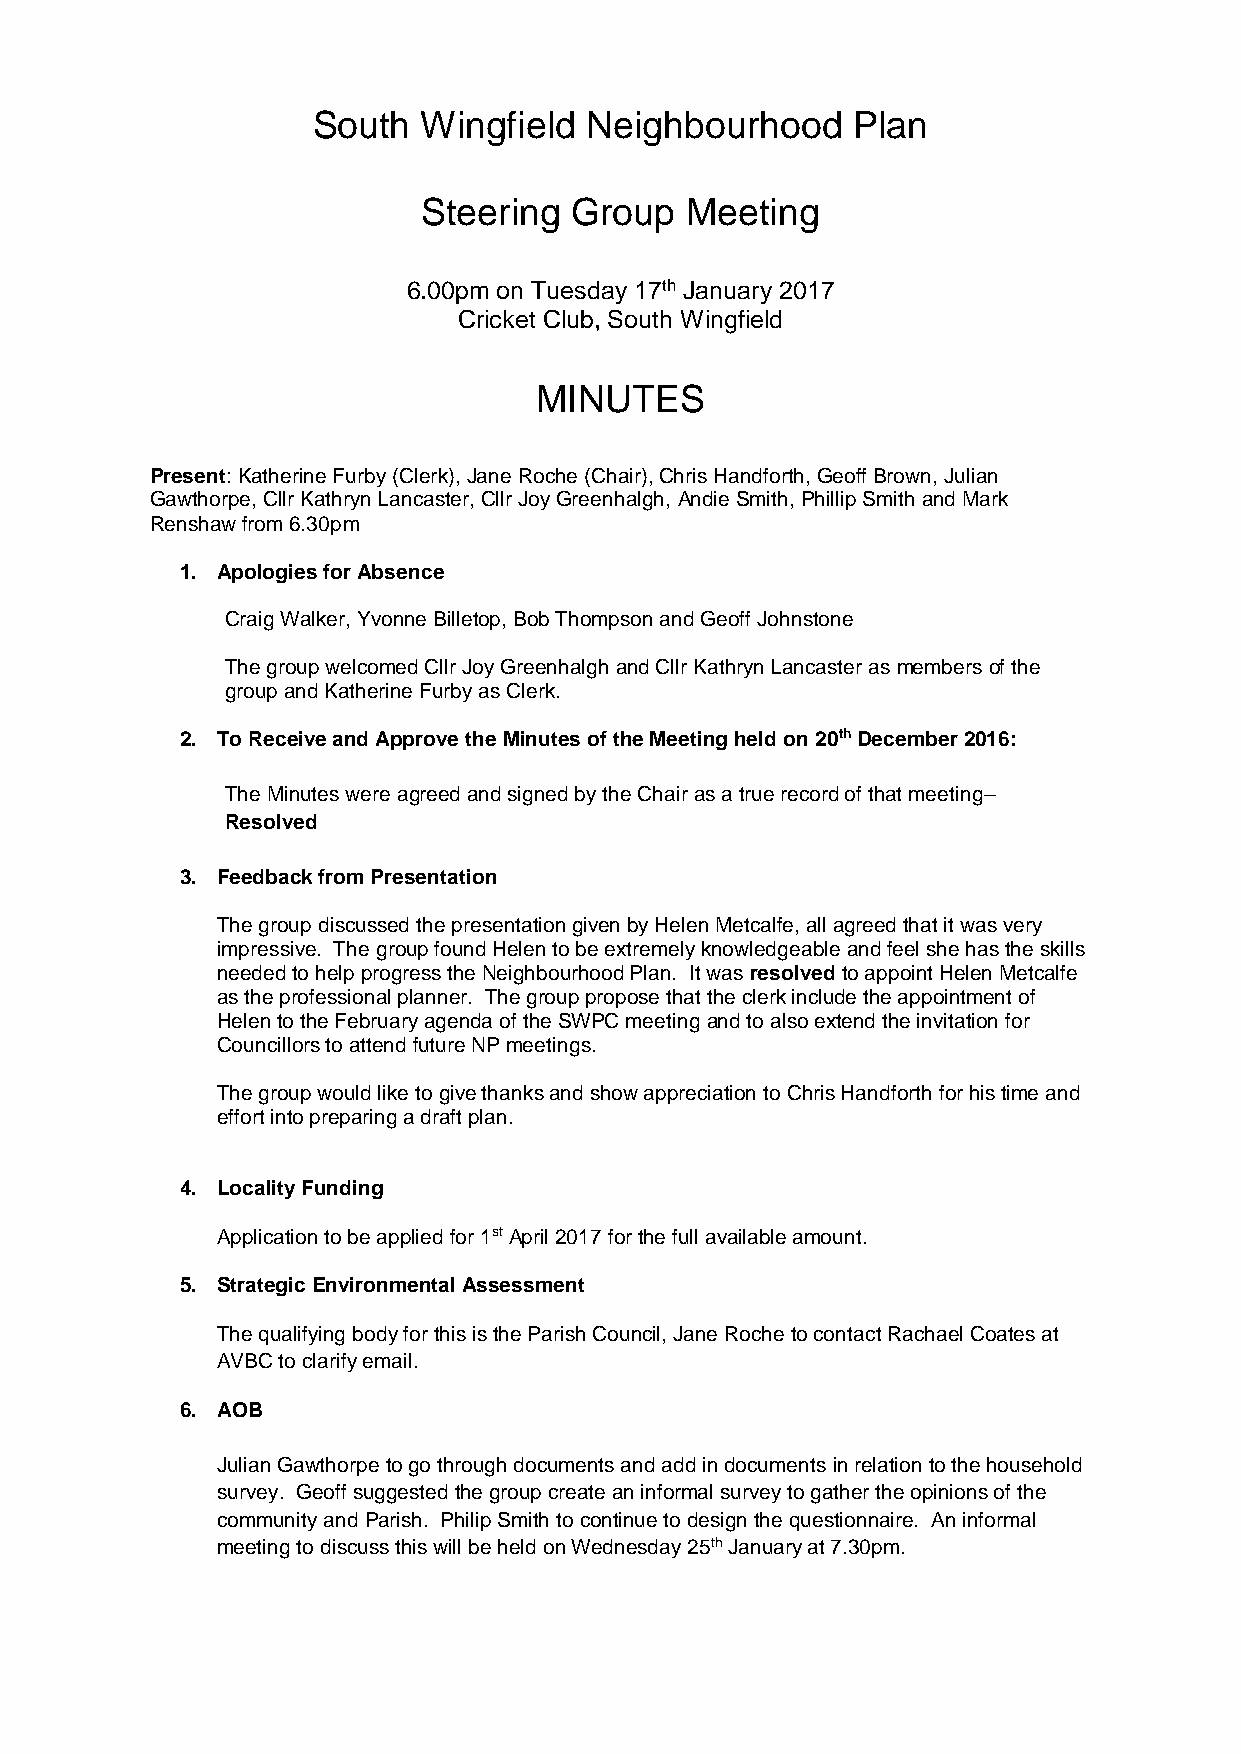
South  Wingfield  Neighbourhood    Plan
 Steering  Group  Meeting
 6.00pm on Tuesday 17th January 2017
 Cricket Club, South Wingfield
 MINUTES
 Present: Katherine Furby (Clerk), Jane Roche (Chair), Chris Handforth, Geoff Brown, Julian
 Gawthorpe, Cllr Kathryn Lancaster, Cllr Joy Greenhalgh, Andie Smith, Phillip Smith and Mark
 Renshaw from 6.30pm
 1. Apologies for Absence
 Craig Walker, Yvonne Billetop, Bob Thompson and Geoff Johnstone
 The group welcomed Cllr Joy Greenhalgh and Cllr Kathryn Lancaster as members of the
 group and Katherine Furby as Clerk.
 2. To Receive and Approve the Minutes of the Meeting held on 20th December 2016:
 The Minutes were agreed and signed by the Chair as a true record of that meeting–
 Resolved
 3. Feedback from Presentation
 The group discussed the presentation given by Helen Metcalfe, all agreed that it was very
 impressive. The group found Helen to be extremely knowledgeable and feel she has the skills
 needed to help progress the Neighbourhood Plan. It was resolved to appoint Helen Metcalfe
 as the professional planner. The group propose that the clerk include the appointment of
 Helen to the February agenda of the SWPC meeting and to also extend the invitation for
 Councillors to attend future NP meetings.
 The group would like to give thanks and show appreciation to Chris Handforth for his time and
 effort into preparing a draft plan.
 4. Locality Funding
 Application to be applied for 1st April 2017 for the full available amount.
 5. Strategic Environmental Assessment
 The qualifying body for this is the Parish Council, Jane Roche to contact Rachael Coates at
 AVBC to clarify email.
 6. AOB
 Julian Gawthorpe to go through documents and add in documents in relation to the household
 survey. Geoff suggested the group create an informal survey to gather the opinions of the
 community and Parish. Philip Smith to continue to design the questionnaire. An informal
 meeting to discuss this will be held on Wednesday 25th January at 7.30pm.